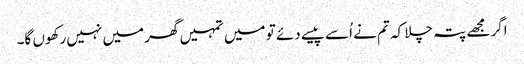
اگر مجھے پتہ چلا کہ تم نے اُسے پیسے دئے تو میں تمہیں گھر میں نہیں رکھوں گا۔